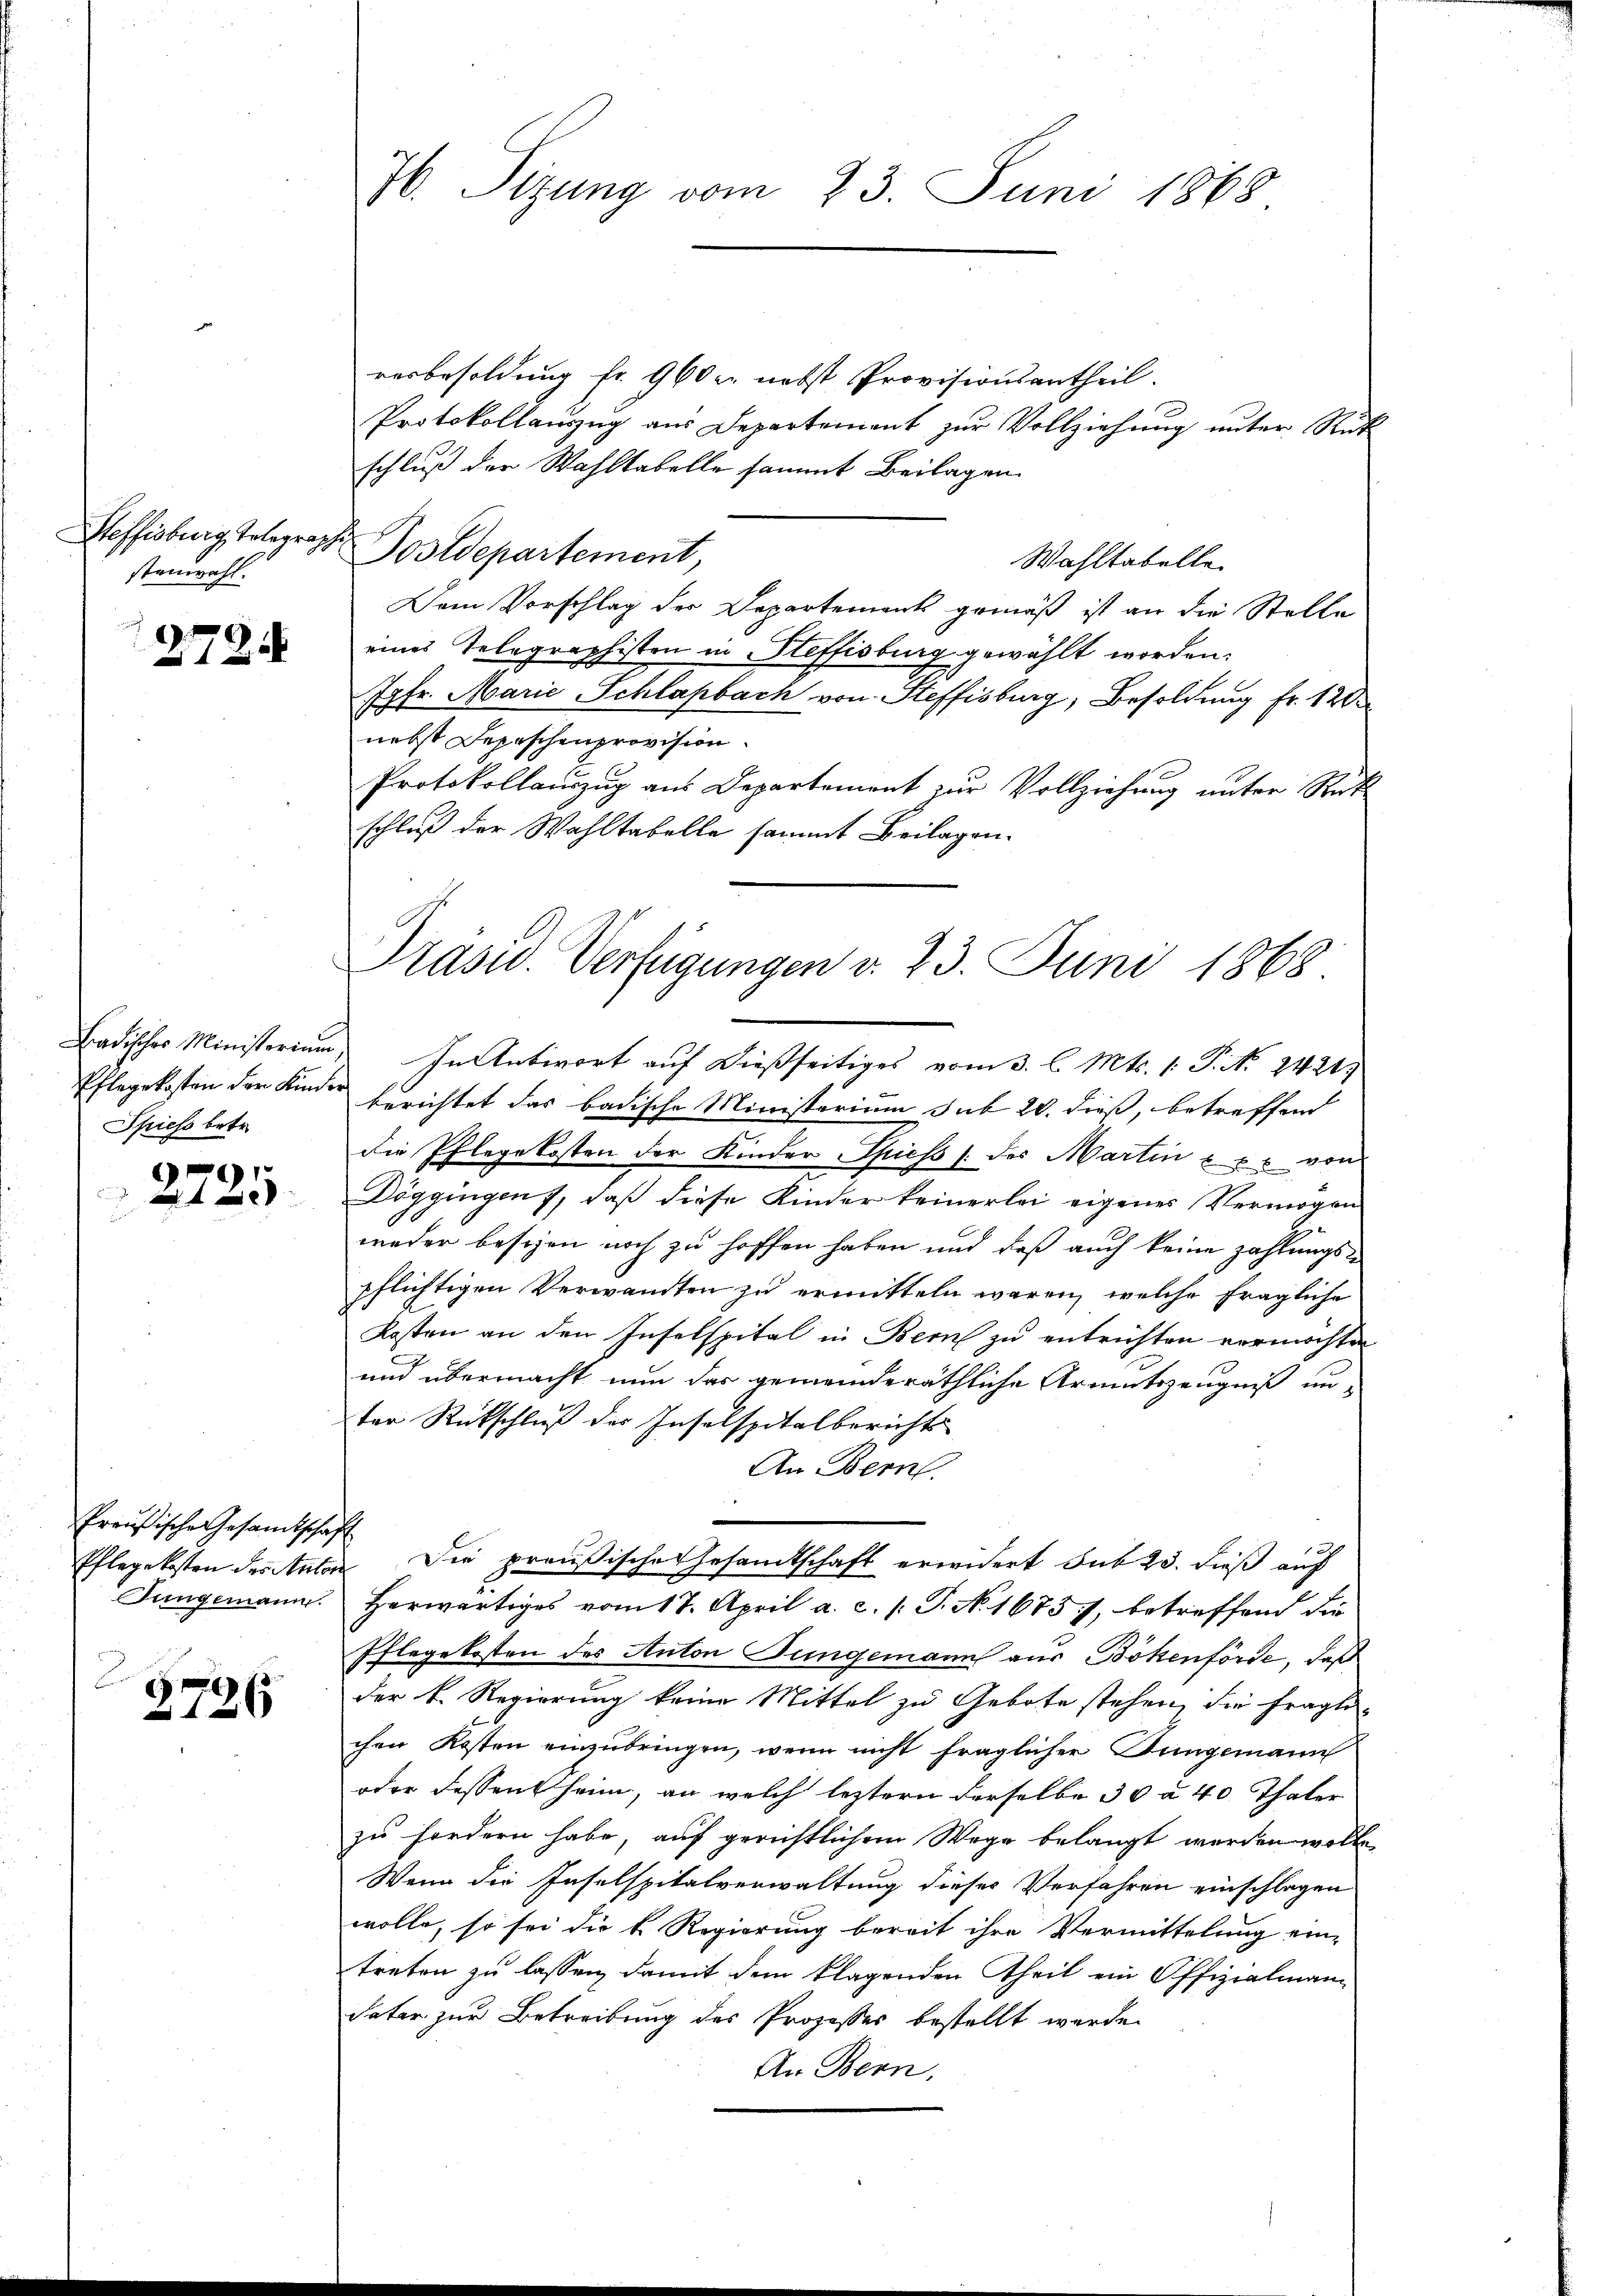
stenwahl.

1272.

Spiess betr.

1

Preußische Gesandtschaft

2726

H. Sitzung vom 23. Juni 1868

verbesoldung fr. 960 er nebst Provisionsantheil.
Protokollaŭszŭg aŭs Departement zŭr Vollziehŭng ŭnter Rück
schluß der Wahltabelle sammt Beilagen.
Wahltabelle.
Dem Vorschlag der Departement gemäß ist an die Stelle
eines Telegraphisten in Steffisburg gewählt worden.
Jgfr. Marie Schlapbach von Steffisburg, Besoldung fr. 120
nebst Depeschen provision
Protokollauszug aus Departement zur Vollziehung unter Rük
schluß der Wahltabelle sammt Beilagen.
Pflegekosten der Kinde berichtet das badische Ministerium sub 20. dieß, betreffend
die Pflegekosten der Kinder Spiess (des Martin & er von
Döggingen, daß diese Kinder keinerlei eigenes Vermögen
weder besezen noch zu hoffen haben und daß auch keine zahlungspflichtigen Verwandten zu ermitteln waren, welche fragliche
Kosten an den Inselspital in Bern zu entrichten vermöchten
und übermacht nun das gemeinderäthliche Armutszeugniß un-
ter Rückschluß der Inselspitalbericht
An Bern.
Pflegekosten des Anton Die preußische Gesandtschaft erwidert sub 23. dieß auf
x
Jungemann. Herwärtiges vom 17. April a. c. /: T. No. 1675), betreffend die
Pflegekosten des Anton Jungemann aus Bökenförde, daß
der k. Regierung keine Mittel zu Gebote stehen, die fragli-
chen Kosten einzubringen, wenn nicht fraglicher Dringemann
oder dessent heim, an welch leztern derselbe 30 à 40 Thaler
zu fordern habe, auf gerichtlichem Wege belangt werden wolle.
Wenn die Inselspitalverwaltung dieses Verfahren einschlagen
wolle, so sei die k. Regierung bereit ihre Vermittelung ein-
treten zu lassen, damit dem klagenden Theil ein Offizialman¬
Vater zur Betreibung des Prozesser bestellt werde.
An Bern,

Heffisburg telegraph Postdepartement,

Präsid.. Verfügungen v. 23. Juni 1868.
Badisches Ministorium. In Antwort auf dießseitiges vom 3. l. Mts. 1. P. Nr. 2421.